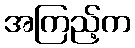
အကြည့်က